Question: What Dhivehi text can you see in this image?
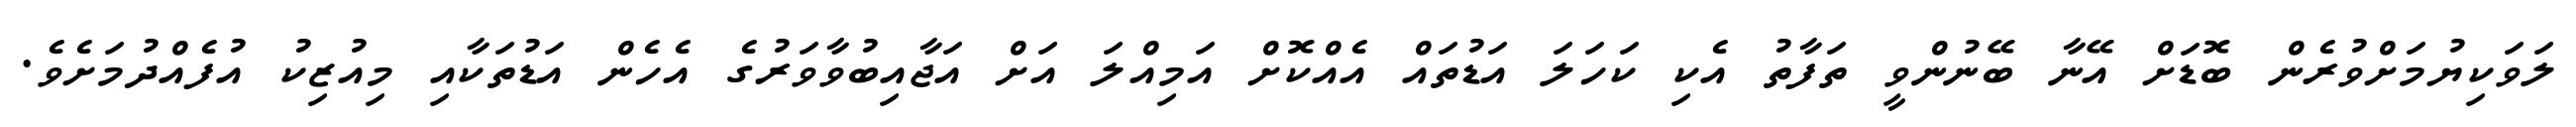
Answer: ލަވަކިޔުމަށްވުރެން ބޮޑަށް އޭނާ ބޭނުންވީ ތަފާތު އެކި ކަހަލަ އަޑުތައް އެއްކޮށް އަމިއްލަ އަށް އަޖާއިބުވާވަރުގެ އެހެން އަޑުތަކާއި މިއުޒިކު އުފެއްދުމަށެވެ.